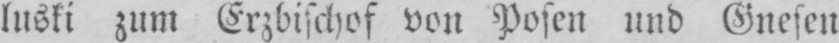
luski zum Erzbischof von Posen und Gnesen